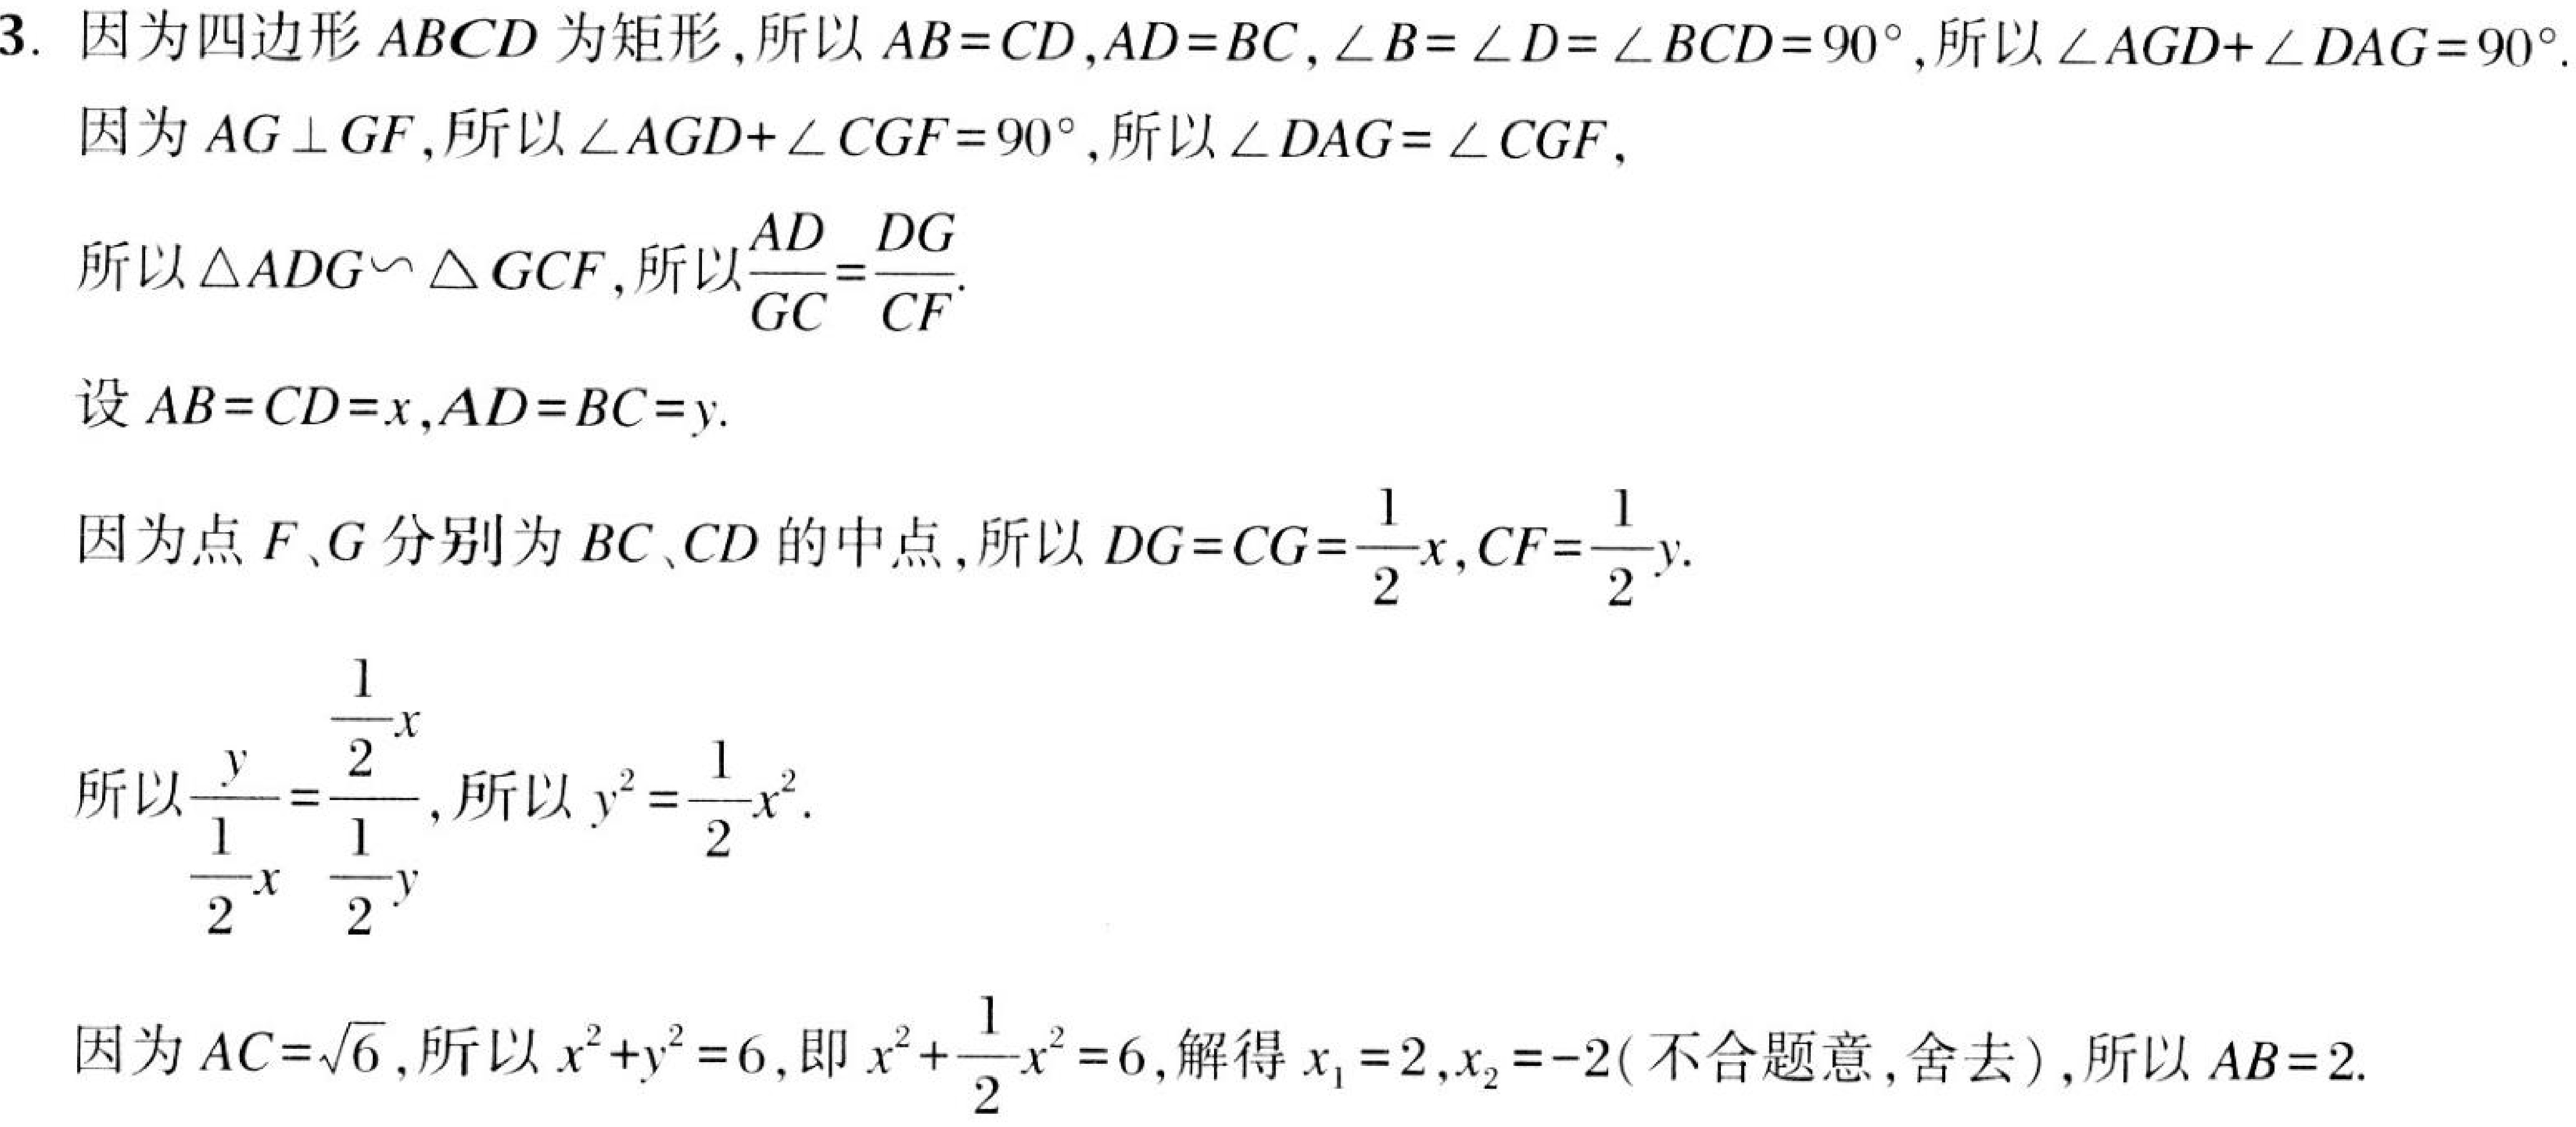
3. 因为四边形 \(ABCD\) 为矩形，所以 \(AB = CD\)，\(AD = BC\)，\(\angle B=\angle D=\angle BCD = 90^{\circ}\)，所以 \(\angle AGD+\angle DAG = 90^{\circ}\).
因为 \(AG\perp GF\)，所以 \(\angle AGD+\angle CGF = 90^{\circ}\)，所以 \(\angle DAG=\angle CGF\)，
所以 \(\triangle ADG\backsim\triangle GCF\)，所以 \(\frac{AD}{GC}=\frac{DG}{CF}\).
设 \(AB = CD=x\)，\(AD = BC = y\).
因为点 \(F\)、\(G\) 分别为 \(BC\)、\(CD\) 的中点，所以 \(DG = CG=\frac{1}{2}x\)，\(CF=\frac{1}{2}y\).
所以 \(\frac{y}{\frac{1}{2}x}=\frac{\frac{1}{2}x}{\frac{1}{2}y}\)，所以 \(y^{2}=\frac{1}{2}x^{2}\).
因为 \(AC = \sqrt{6}\)，所以 \(x^{2}+y^{2}=6\)，即 \(x^{2}+\frac{1}{2}x^{2}=6\)，解得 \(x_{1}=2\)，\(x_{2}=-2\)（不合题意，舍去），所以 \(AB = 2\).